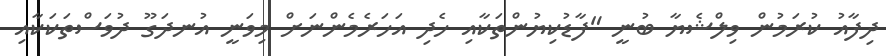
ދިފާއު ކުރަމުން ވިލްޝެޔާ ބުނީ "ފާޑުކިޔުންތަކާއި ހެދި އަހަރެމެންނަށް މިވަނީ އުނދަގޫ ދުވަސްތަކަކާއި